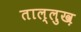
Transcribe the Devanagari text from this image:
ताल्लुख़